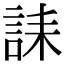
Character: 誄